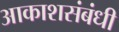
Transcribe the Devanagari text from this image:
आकाशसंबंधी